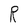
Character: R